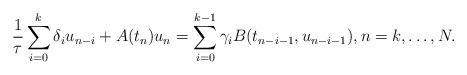
LaTeX: \begin{align*}\frac{1}{\tau}\sum\limits^k_{i=0}\delta_iu_{n-i} + A(t_n)u_n= \sum\limits^{k-1}_{i=0}\gamma_iB(t_{n-i-1},u_{n-i-1}),n=k,\dotsc,N .\end{align*}